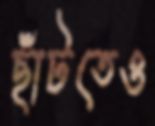
ছাঁটতেও